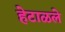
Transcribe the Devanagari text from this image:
हेटाळले